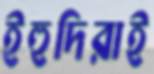
ইহুদিরাই